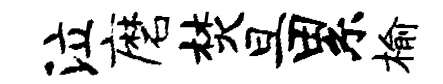
泣磨焚旦累榆